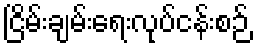
ငြိမ်းချမ်းရေးလုပ်ငန်းစဉ်